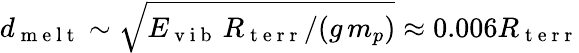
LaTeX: d_{\mathrm{~m~e~l~t~}}\sim\sqrt{E_{\mathrm{~v~i~b~}}\, R_{\mathrm{~t~e~r~r~}}/(g\, m_{p})}\approx 0.006R_{\mathrm{~t~e~r~r~}}